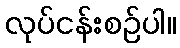
လုပ်ငန်းစဉ်ပါ။